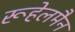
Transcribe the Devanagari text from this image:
रूहेलमैन